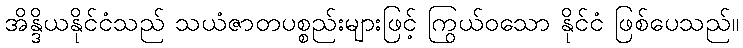
အိန္ဒိယနိုင်ငံသည် သယံဇာတပစ္စည်းများဖြင့် ကြွယ်ဝသော နိုင်ငံ ဖြစ်ပေသည်။